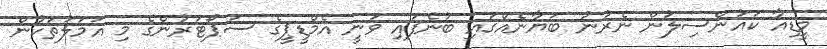
މީޑިއާ ކައުންސިލުން ނެރުނު ބަޔާނެއްގައި ބުނެފައި ވަނީ އެމްޑީޕީގެ ސަޕޯޓަރުންގެ މި އަމަލުތަކުން